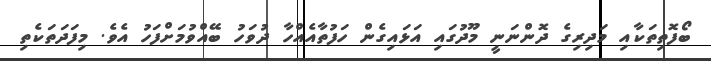
ބޯފޮތިތަކާއި މަދިރިގެ ދޮންނަނީ މޫދުގައި އަޅައިގެން ހަފުތާއެއްހާ ދުވަހު ބޭއްވުމަށްފަހު އެވެ. މިފަދަތަކެތި